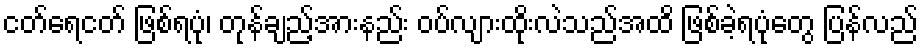
ငတ်ရေငတ် ဖြစ်ရပုံ၊ တုန်ချည့်အားနည်း ဝပ်လျားထိုးလဲသည်အထိ ဖြစ်ခဲ့ရပုံတွေ ပြန်လည်